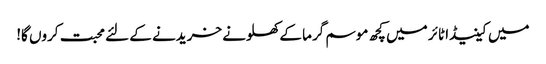
میں کینیڈا ٹائر میں کچھ موسم گرما کے کھلونے خریدنے کے لئے محبت کروں گا!